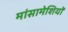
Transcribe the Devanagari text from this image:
मांसामेशियों